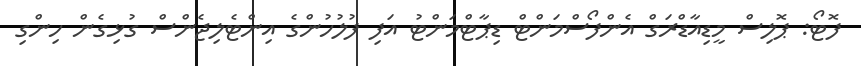
ފޮޓޯ: ޕޮލިސް މީޑިއާޑްރަގް އެންފޯސްމަންޓް ޑިޕާޓްމަންޓު އަފި ފުލުހުންގެ އިންޓެލިޖެންސް ގުޅިގެން ހިންގި